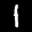
Label: 1